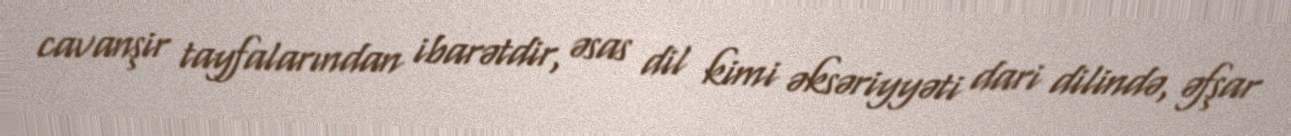
cavanşir tayfalarından ibarətdir, əsas dil kimi əksəriyyəti dari dilində, əfşar